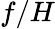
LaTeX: f/H